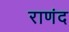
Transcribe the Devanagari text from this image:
राणंद